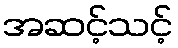
အဆင့်သင့်